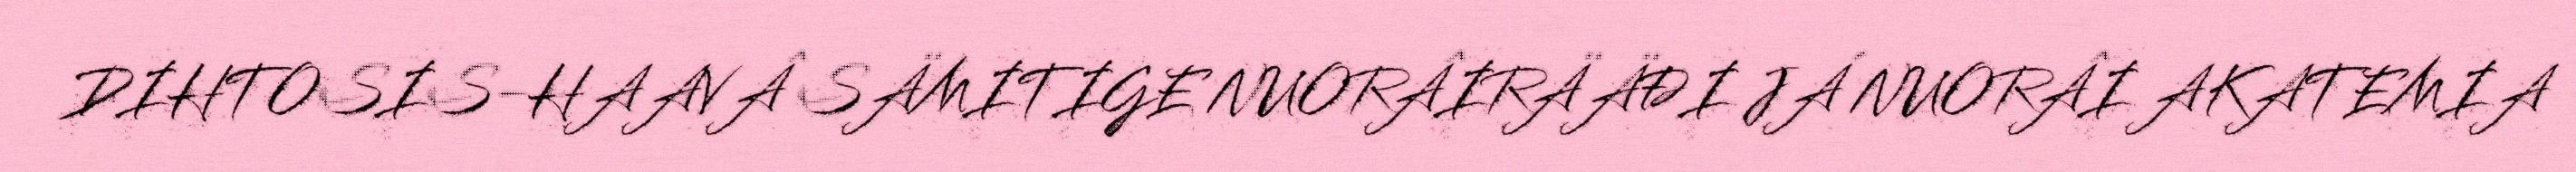
DIHTOSIS-HAAVÂ SÄMITIGE NUORÂIRÄÄĐI JÁ NUORÂI AKATEMIA